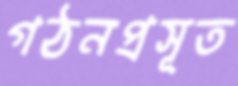
গঠনপ্রসূত